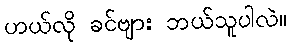
ဟယ်လို ခင်ဗျား ဘယ်သူပါလဲ။